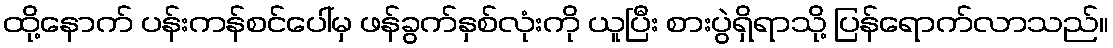
ထို့နောက် ပန်းကန်စင်ပေါ်မှ ဖန်ခွက်နှစ်လုံးကို ယူပြီး စားပွဲရှိရာသို့ ပြန်ရောက်လာသည်။